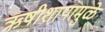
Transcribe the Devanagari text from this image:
ऋषीशापामुळे